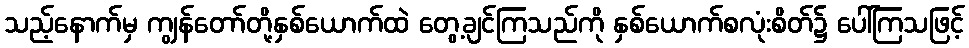
သည့်နောက်မှ ကျွန်တော်တို့နှစ်ယောက်ထဲ တွေ့ချင်ကြသည်ကို နှစ်ယောက်စလုံးစိတ်၌ ပေါ်ကြသဖြင့်